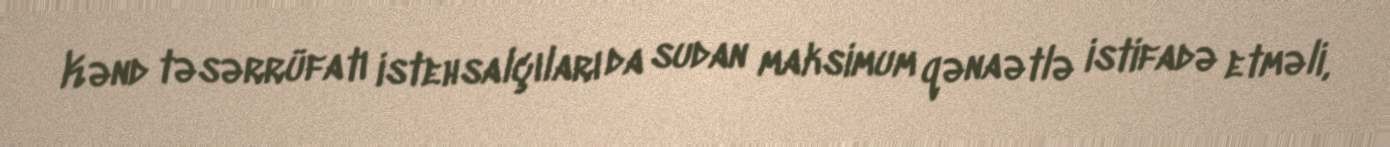
Kənd təsərrüfatı istehsalçıları da sudan maksimum qənaətlə istifadə etməli,